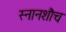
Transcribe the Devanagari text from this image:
स्नानशौच